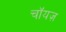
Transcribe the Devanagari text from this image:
चॉयज़